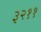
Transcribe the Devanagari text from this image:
३२११